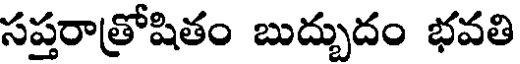
సప్తరాత్రోషితం బుద్బుదం భవతి